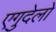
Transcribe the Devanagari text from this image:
एगुदेलो